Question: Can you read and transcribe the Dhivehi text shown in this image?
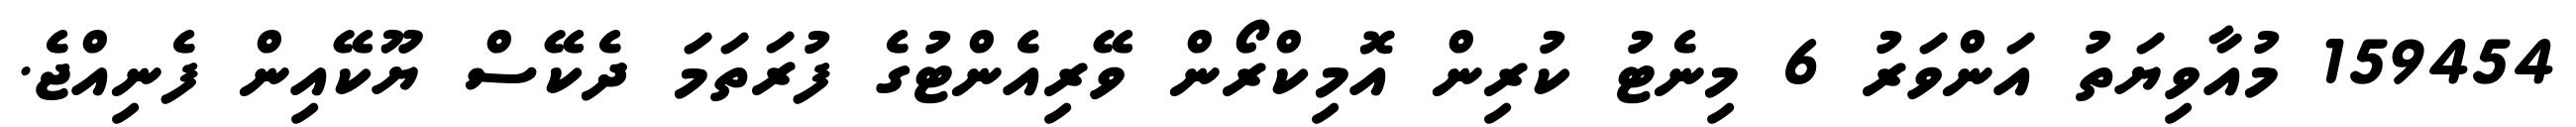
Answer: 159454 މުއާވިޔަތު އަންވަރު 6 މިނެޓު ކުރިން އޮމިކްރޯން ވޭރިއެންޓުގެ ފުރަތަމަ ދެކޭސް ޔޫކޭއިން ފެނިއްޖެ.